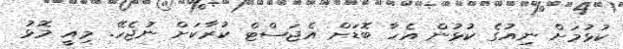
ކުޅުމަށް ނިއުގެ ކުޅުން އެހާ ބޮޑަށް އެޖަސްޓް ކުރާކަށް ނުޖެހޭ. މިއީ މޮޅު